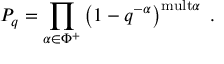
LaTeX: P _ { q } = \prod _ { \alpha \in \Phi ^ { + } } \left( 1 - q ^ { - \alpha } \right) ^ { \mathrm { m u l t } \alpha } \; .